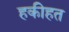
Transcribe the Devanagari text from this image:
हकीहत